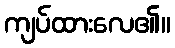
ကျပ်ထားလေ၏။